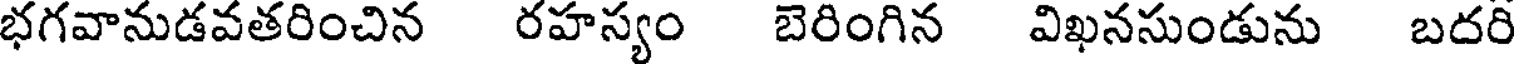
భగవానుడవతరించిన రహస్యం బెరింగిన విఖనసుండును బదరి